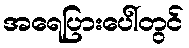
အရေပြားပေါ်တွင်